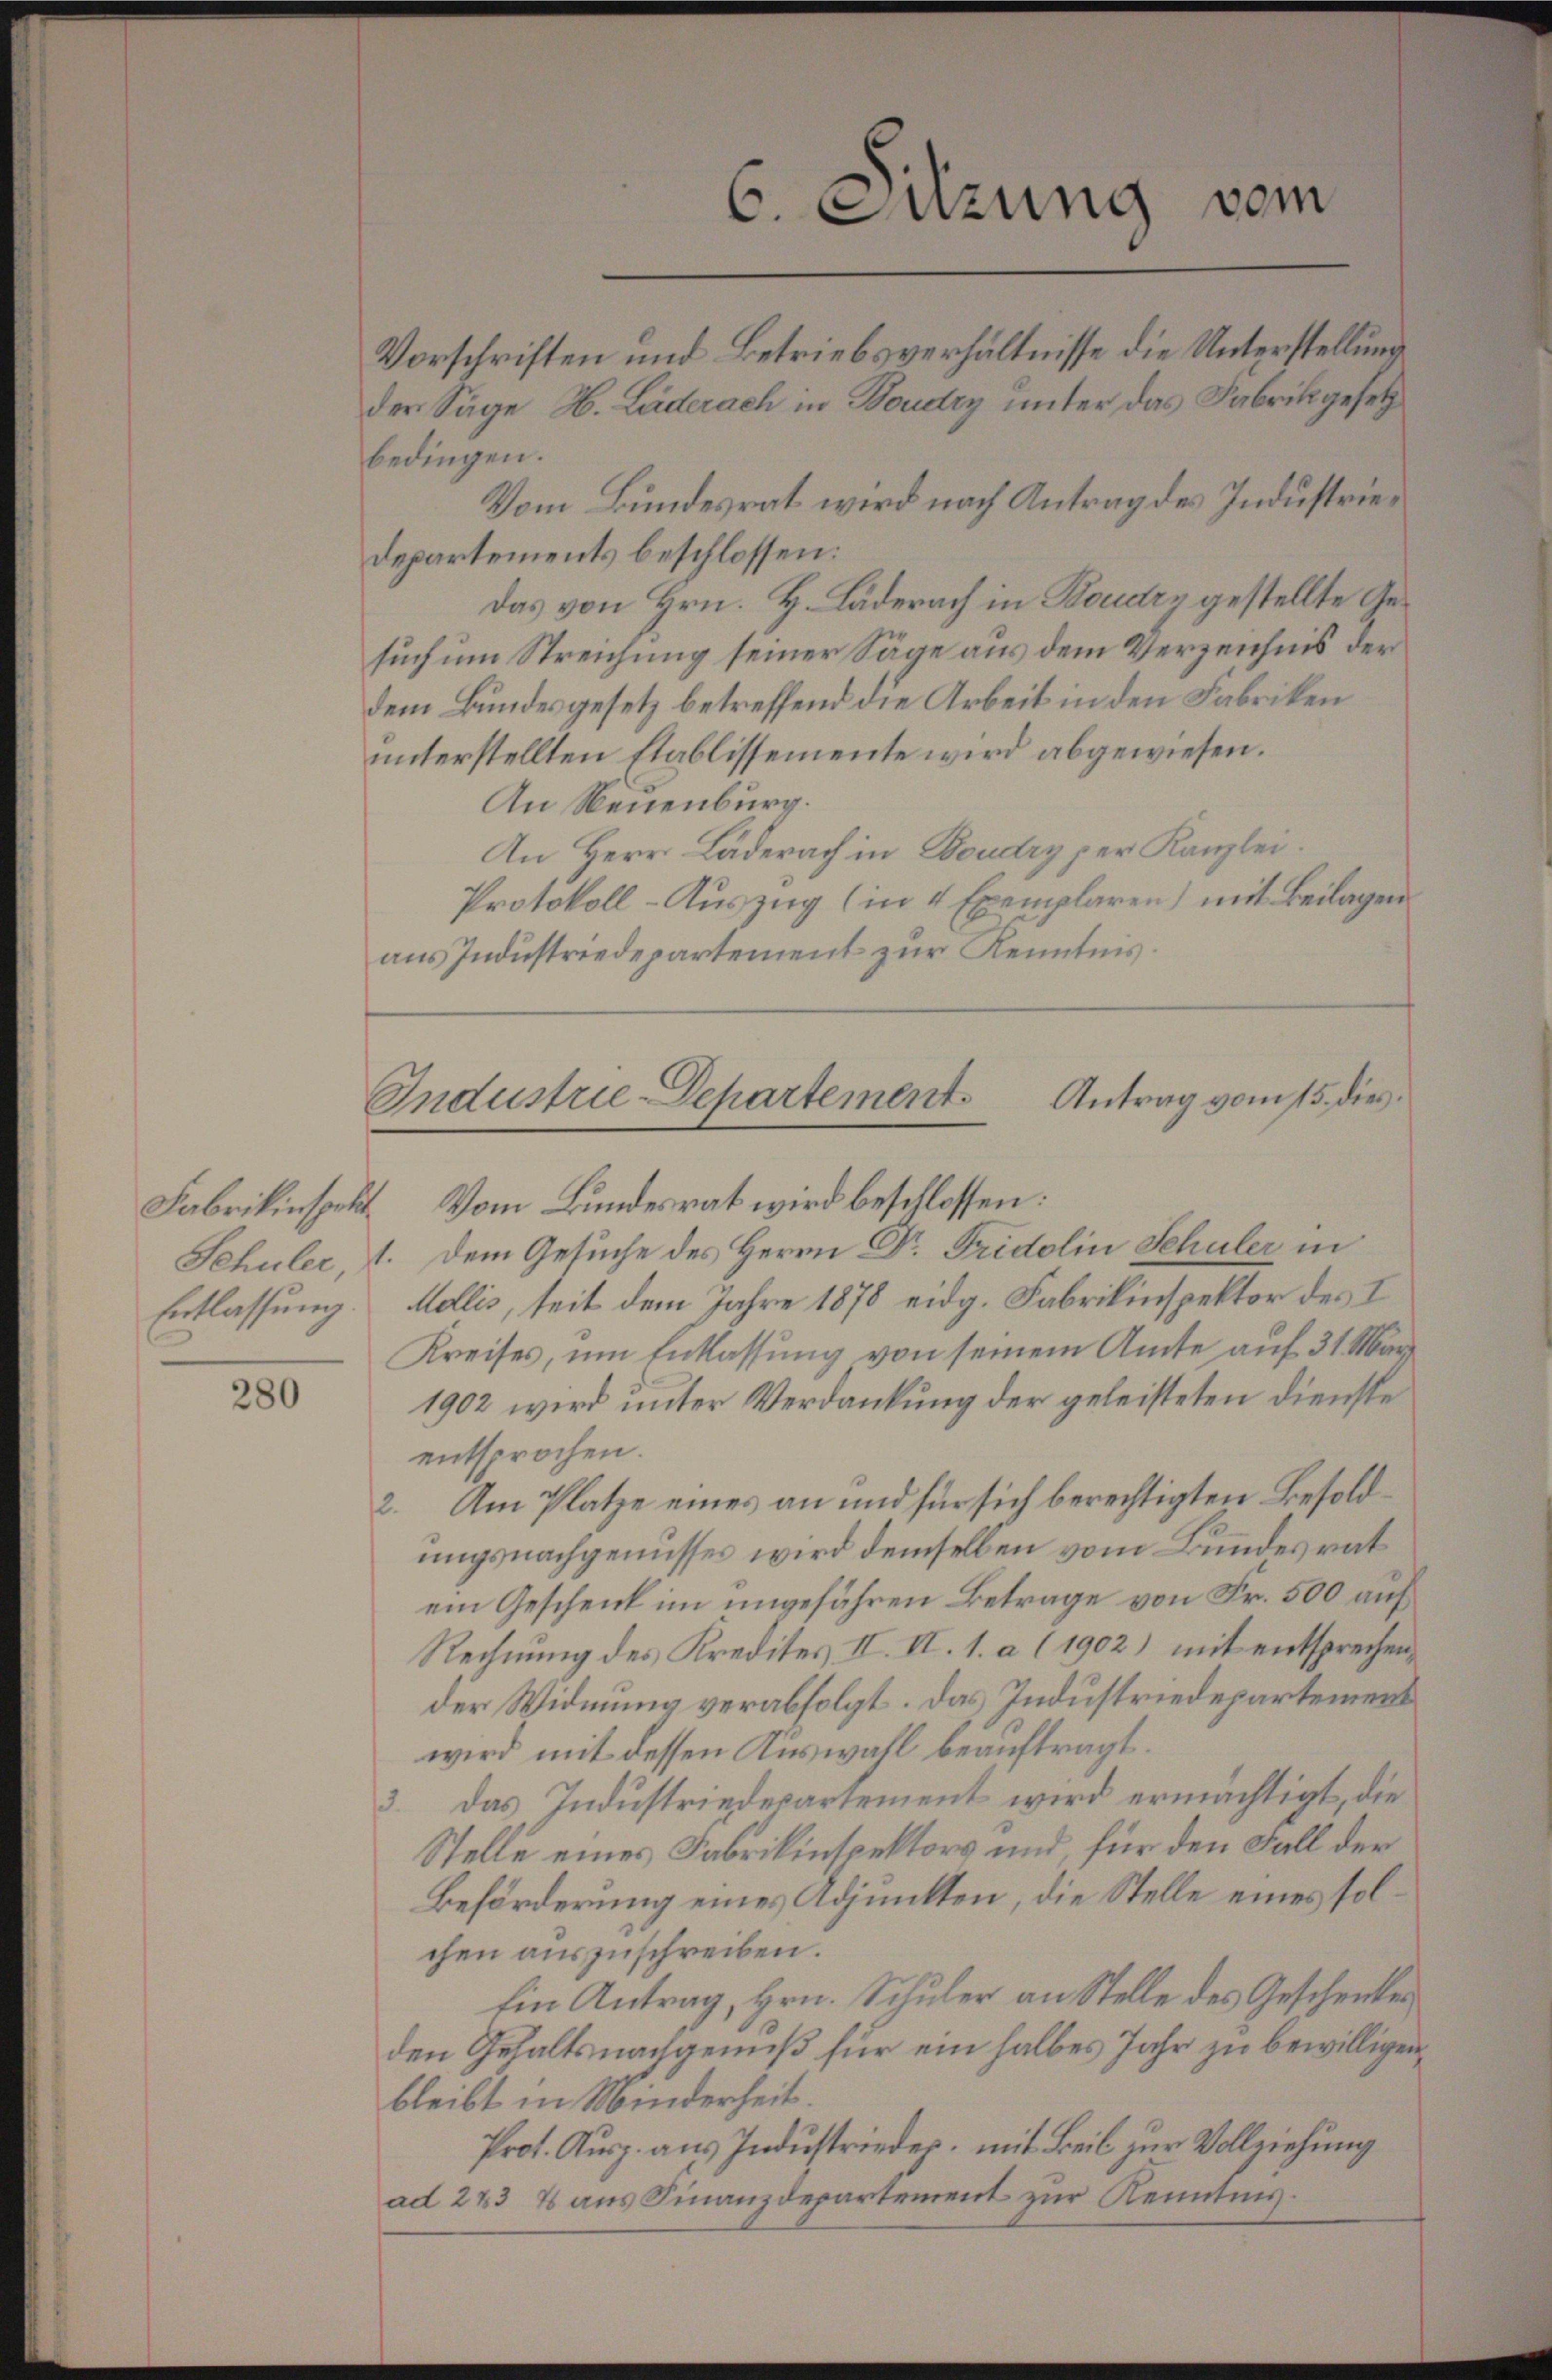
Entlassung.

280

bedingen.
Vom Bundesrat wird nach Antrag des Industrie¬
Departements beschlossen:
Das von Hrn. H. Läderach in Boudrz gestellte Gesuch um Streichung seiner Säge aus dem Verzeichnis der
dem Bundesgesetz betreffend die Arbeit in den Fabriken
unterstellten Etablissemente wird abgewiesen.
An Neuenburg.
An Herr Läderach in Boudry per Kanzlei.
Protokoll-Auszug (in 4 Exemplaren) mit Beilagen
aus Industriedepartement zur Kenntnis.

6. Sitzung vom
Vorschriften und Betriebsverhältnisse die Unterstellung
der Säge, H. Läderach in Boudry unter das Fabrikgesetz

Industrie-Departement Antrag vom 15. dies
Fabrikinspekt. Vom Bundesrat wird beschlossen:

Schuler, 1. Dem Gesuche des Herrn Dr. Fridolin Schuler in
Mollis, seit dem Jahre 1878 eidg. Fabrikinspektor des I
Kreises, um Entlassung von seinem Amte auf 31. Mar
1902 wird unter Verdankung der geleisteten Dienste
entsprochen.
2. Am Platze eines an und für sich berechtigten Besoldungsnachgenusses wird demselben vom Bundesrat
ein Geschenk im ungeführen Betrage von Fr. 500 auf
Rechnung des Kredites II. II. 1. a (1902) mit entsprechen,
der Widmung verabfolgt. Das Industriedepartement
wird mit dessen Auswahl beauftragt.
3. Das Industriedepartement wird ermächtigt, die
Stelle eines Fabrikinspektors und, für den Fall der
Beförderung eines Adjunkten, die Stelle eines solchen auszuschreiben.
Ein Antrag, Hrn. Schuler an Stelle des Geschenken
den Gehaltsnachgeniß für ein halbes Jahr zu bewilligen,
bleibt in Minderheit.
Prot. Ausz. aus Industrieder, mit Beil zur Vollziehung
ad 2 & 37 aus Finanzdepartement zur Kenntnis.